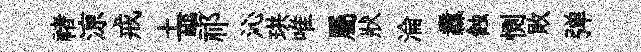
禇鿌戒土嶇祁沁珙唯屬狀淪纛蝕惻敗弹